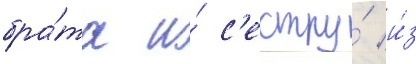
бра́та и́ с'естру́ и́з